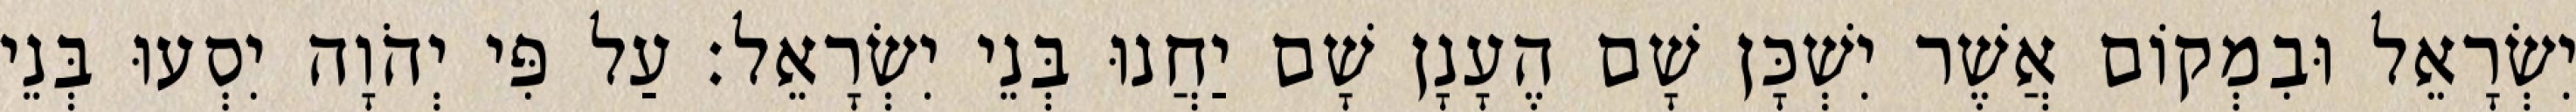
יִשְׂרָאֵל וּבִמְקוֹם אֲשֶׁר יִשְׁכָּן שָׁם הֶעָנָן שָׁם יַחֲנוּ בְּנֵי יִשְׂרָאֵל׃ עַל פִּי יְהֹוָה יִסְעוּ בְּנֵי